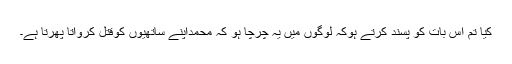
کیا تم اس بات کو پسند کرتے ہوکہ لوگوں میں یہ چرچا ہو کہ محمداپنے ساتھیوں کوقتل کرواتا پھرتا ہے۔